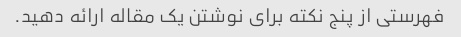
فهرستی از پنج نکته برای نوشتن یک مقاله ارائه دهید.